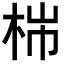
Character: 𣑹